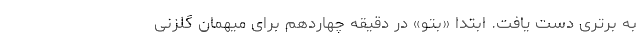
به برتری دست یافت. ابتدا «بتو» در دقیقه چهاردهم برای میهمان گلزنی